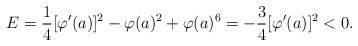
LaTeX: \begin{align*}E = \frac{1}{4} [\varphi'(a)]^2 - \varphi(a)^2 + \varphi(a)^6 = -\frac{3}{4} [\varphi'(a)]^2 < 0.\end{align*}